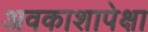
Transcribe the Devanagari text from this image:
अवकाशापेक्षा